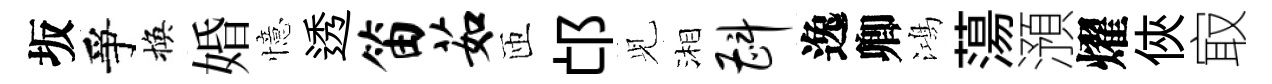
坂爭換婚憶透笛茹匝邙𫤗湘斟逸卿鴻蕩澦燿俠㝡